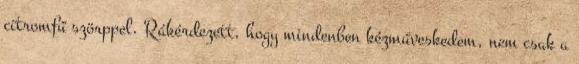
citromfű szörppel. Rákérdezett, hogy mindenben kézműveskedem, nem csak a